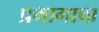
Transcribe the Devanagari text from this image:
प्रभागाचा